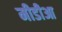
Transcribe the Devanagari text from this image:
मीडीआ